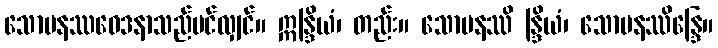
သောမနဿဝေဒနာသည်ပင်လျှင်။ ဣန္ဒြိယံ၊ တည်း။ သောမနဿိ န္ဒြိယံ၊ သောမနဿိန္ဒြေ။